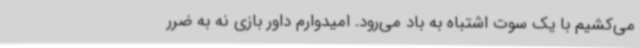
می‌کشیم با یک سوت اشتباه به باد می‌رود. امیدوارم داور بازی نه به ضرر